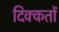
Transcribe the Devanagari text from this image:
दिक्‍कतों